Leaving Certificate Examination (including Day School Certificate (Higher) General paper), 1927
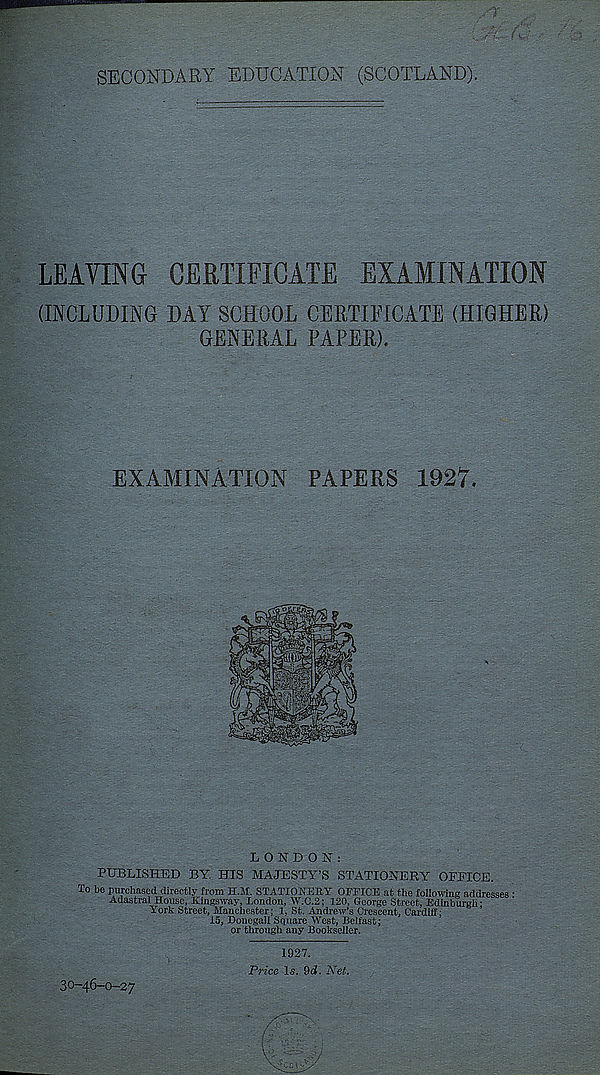
SECONDARY EDUCATION (SCOTLAND).
LEAVING- CERTIFICATE EXAMINATION
(INCLUDING DAY SCHOOL CERTIFICATE (HIGHER)
GENERAL PAPER).
EXAMINATION PAPERS 1927.
LONDON:
PUBLISHED BY HIS MAJESTY’S STATIONERY OFEICE.
VY Lotj JDOIIi
or through any Bookseller.
1927.
Price Is. 9cJ. Net.
30-46-0-27